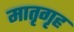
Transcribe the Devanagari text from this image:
मातृगृह